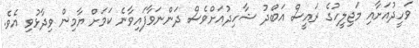
ވަހީދުއަށާއި މަޖިލީހުގެ ރައީސް އަބްދު ޝާހިދުއަށްވެސް ދަންނަވާފައިވާނެ ކަމަށް ޔާމިން ވިދާޅުވި އެވެ.